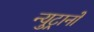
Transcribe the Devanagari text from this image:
न्युट्रानों